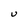
Character: U